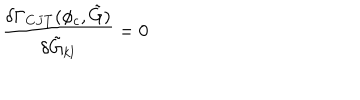
LaTeX: \frac { \delta \Gamma _ { C J T } ( \phi _ { c } , \tilde { G } ) } { \delta \tilde { G } _ { k l } } = 0